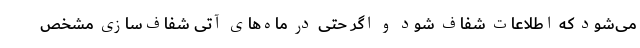
می‌شود که اطلاعات شفاف شود و اگر حتی در ماه‌های آتی شفاف‌سازی مشخص